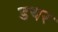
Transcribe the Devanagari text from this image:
डयर